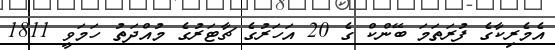
އެމެރިކާގެ ފުރަތަމަ ބޭންކް ގެ 20 އަހަރުގެ ޗާޓަރުގެ މުއްދަތު ހަމަވީ 1811